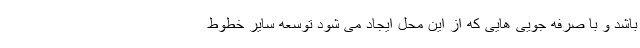
باشد و با صرفه جویی هایی که از این محل ایجاد می شود توسعه سایر خطوط